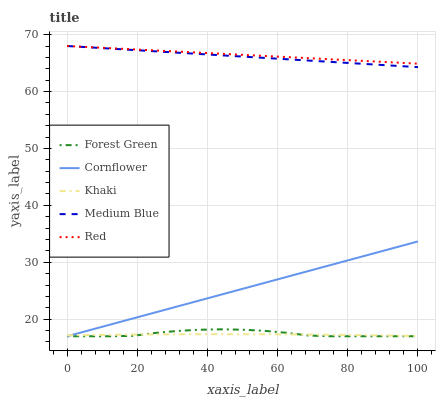
| xaxis_label | Forest Green | Cornflower | Khaki | Medium Blue | Red |
 | --- | --- | --- | --- | --- | --- |
 | 0 | 17 | 17 | 17.2 | 68 | 68 |
 | 6.25 | 17 | 18 | 17.2 | 67.8 | 67.8 |
 | 12.5 | 17 | 19.1 | 17.3 | 67.5 | 67.6 |
 | 18.8 | 17.1 | 20.1 | 17.3 | 67.3 | 67.4 |
 | 25 | 17.6 | 21.2 | 17.3 | 67.1 | 67.2 |
 | 31.2 | 17.9 | 22.2 | 17.3 | 66.8 | 67 |
 | 37.5 | 18.1 | 23.2 | 17.4 | 66.6 | 66.8 |
 | 43.8 | 18.2 | 24.3 | 17.4 | 66.4 | 66.6 |
 | 50 | 18.2 | 25.3 | 17.4 | 66.1 | 66.4 |
 | 56.2 | 18 | 26.4 | 17.3 | 65.9 | 66.3 |
 | 62.5 | 17.6 | 27.4 | 17.3 | 65.7 | 66.1 |
 | 68.8 | 17.1 | 28.5 | 17.3 | 65.4 | 65.9 |
 | 75 | 17 | 29.5 | 17.3 | 65.2 | 65.7 |
 | 81.2 | 17 | 30.5 | 17.2 | 65 | 65.5 |
 | 87.5 | 17 | 31.6 | 17.2 | 64.8 | 65.3 |
 | 93.8 | 17 | 32.6 | 17.1 | 64.5 | 65.1 |
 | 100 | 17 | 33.7 | 17 | 64.3 | 64.9 |